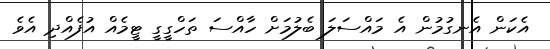
އެކަން އެނގުމުން އެ މައްސަލަ ބެލުމަށް ހާއްސަ ތަހްގީގީ ޓީމެއް އުފެއްދި އެވެ